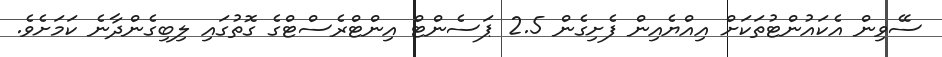
ސޭވިން އެކައުންޓުތަކަށް އިއްޔެއިން ފެށިގެން 2.5 ޕަސެންޓް އިންޓްރެސްޓްގެ ގޮތުގައި ލިބިގެންދާނެ ކަމަށެވެ.